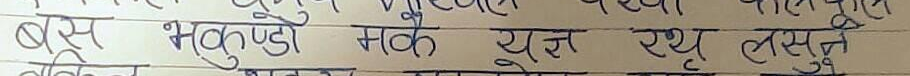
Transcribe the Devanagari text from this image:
बस भ्रुकुडी मकै यस देखि लसुन